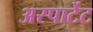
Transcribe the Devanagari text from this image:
अस्पार्टेट